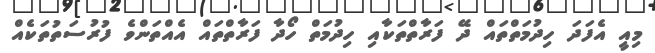
މިއީ އެފަދަ ހިދުމަތްތައް ދޭ ފަރާތްތަކާއި ހިދުމަތް ހޯދާ ފަރާތްތައް އެއްތަންވެ ފުރުސަތުތަކެއް